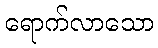
ရောက်လာသော